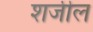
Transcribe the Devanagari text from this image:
शर्जील